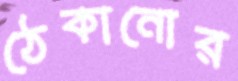
ঠেকানোর